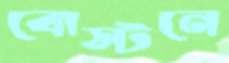
বোস্টনে